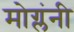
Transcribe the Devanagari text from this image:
मोग्लंनी